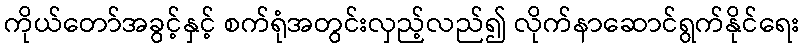
ကိုယ်တော်အခွင့်နှင့် စက်ရုံအတွင်းလှည့်လည်၍ လိုက်နာဆောင်ရွက်နိုင်ရေး